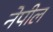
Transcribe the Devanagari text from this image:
नेपील